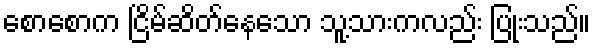
စောစောက ငြိမ်ဆိတ်နေသော သူ့သားကလည်း ပြုံးသည်။